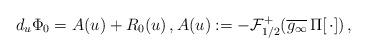
LaTeX: \begin{align*}d_u \Phi_0 = A(u) + R_0(u) \, , A(u):= - \mathcal F_{1/2}^+ (\overline{g_\infty} \, \Pi [\, \cdot ] ) \, ,\end{align*}